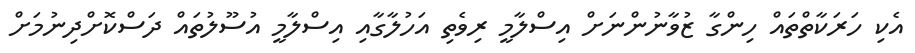
އެކި ހަރަކާތްތައް ހިންގާ ޒުވާނުންނަށް އިސްލާމީ ރިވެތި އަހުލާގާއި އިސްލާމީ އުސޫލުތައް ދަސްކޮށްދިނުމަށް